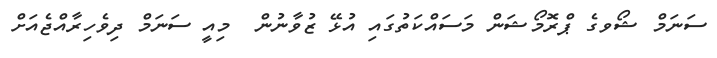
ސަނަމް ޝޯވގެ ޕްރޮމޯޝަން މަސައްކަތުގައި އުޅޭ ޒުވާނުން  މިއީ ސަނަމް ދިވެހިރާއްޖެއަށް